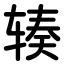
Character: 辏